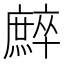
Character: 𢋳